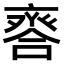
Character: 𠆋